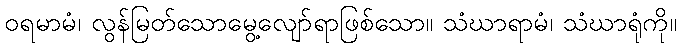
ဝရမာမံ၊ လွန်မြတ်သောမွေ့လျော်ရာဖြစ်သော။ သံဃာရာမံ၊ သံဃာရုံကို။